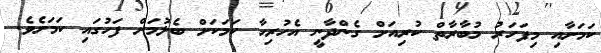
ކަމަށާއި މިފަހަރު މުބާރާތް ކުރިއަށް ގެންދާނީ އެހުރިހާ ކަމަކަށް ބެލުމަށް ފަހުގައި ކަމަށެވެ.